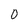
Character: 0